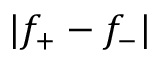
| f _ { + } - f _ { - } |